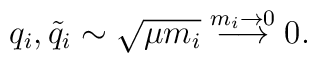
q_i, {\tilde q}_i \sim \sqrt {\mu m_i}  \stackrel{ m_i \to 0}{\longrightarrow}   0.